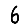
Digit: 6